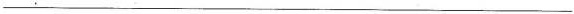
___